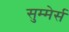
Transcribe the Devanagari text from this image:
सुम्मेर्स